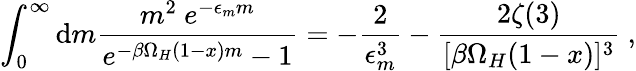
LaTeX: \int_{0}^{\infty}\mathrm{d}m\frac{{m^{2}~e^{-\epsilon_{m}m}}}{{e^{-\beta\Omega_{H}(1-x)m}-1}}=-\frac{{2}}{{\epsilon_{m}^{3}}}-\frac{{2\zeta(3)}}{{[\beta\Omega_{H}(1-x)]^{3}}}~,